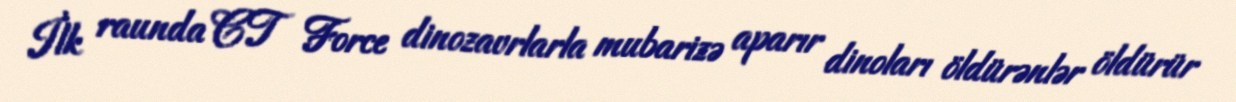
İlk raunda CT Force dinozavrlarla mubarizə aparır dinoları öldürənlər öldürür